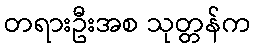
တရားဦးအစ သုတ္တန်က